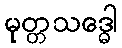
မုတ္တသဒ္ဓေါ